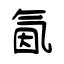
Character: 氤